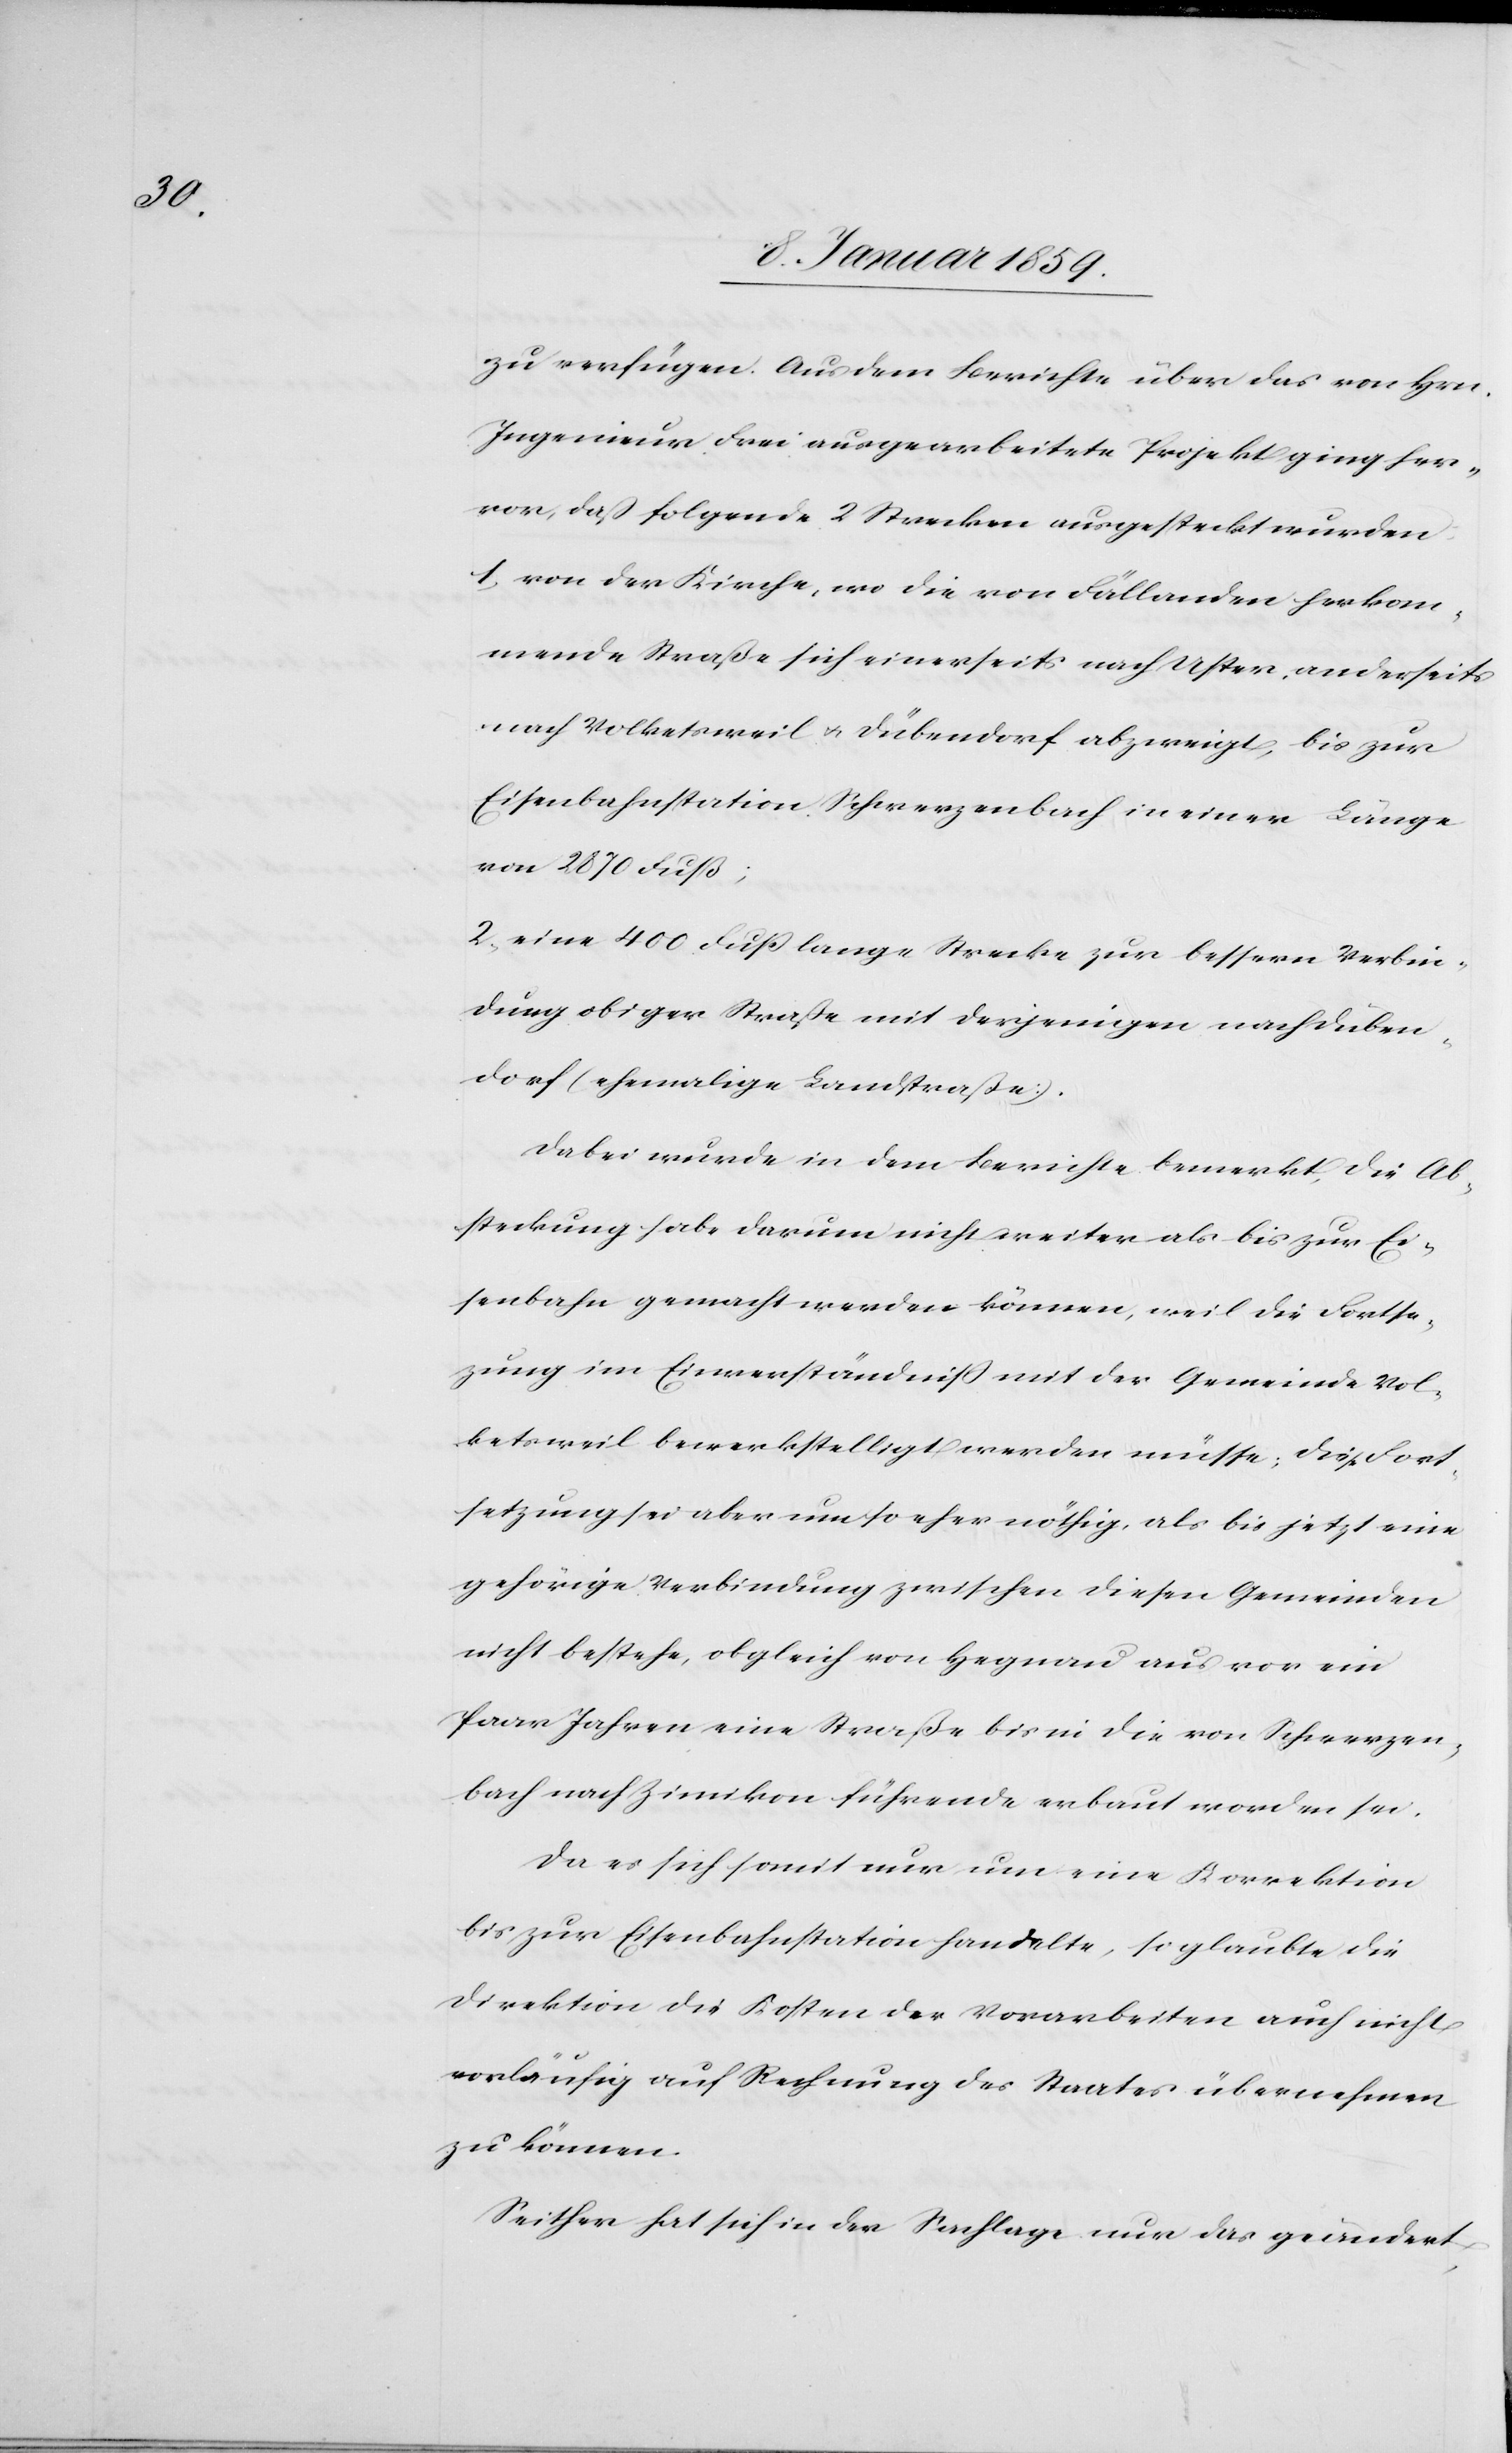
zu verfügen. Aus dem Berichte über das von Hrn.
Ingenieur Frei ausgearbeitete Projekt ging her¬
vor, daß folgende 2 Strecken ausgesteckt wurden:
1. von der Kirche, wo die von Fällanden herkom¬
mende Straße sich einerseits nach Uster, anderseits
nach Volketsweil u. Dübendorf abzweigt, bis zur
Eisenbahnstation Schwerzenbach in einer Länge
von 2870 Fuß;
2. eine 400 Fuß lange Strecke zur bessern Verbin¬
dung obiger Straße mit derjenigen nach Düben¬
dorf (ehemalige Landstraße).
Dabei wurde in dem Berichte bemerkt, die Ab¬
steckung habe darum nicht weiter als bis zur Ei¬
senbahn gemacht werden können, weil die Fortse¬
zung im Einverständniß mit der Gemeinde Vol¬
ketsweil bewerkstelligt werden müsse; diese Fort¬
setzung sei aber um so eher nöthig, als bis jetzt eine
gehörige Verbindung zwischen diesen Gemeinden
nicht bestehe, obgleich von Hegnau aus vor ein
Paar Jahren eine Straße bis in die von Schwerzen¬
bach nach Zimikon führende erbaut worden sei.
Da es sich somit nun um eine Korrektion
bis zur Eisenbahnstation handelte, so glaubte die
Direktion die Kosten der Vorarbeiten auch nicht
vorläufig auf Rechnung des Staates übernehmen
zu können.
Seiher hat sich in der Sachlage nur das geändert,